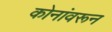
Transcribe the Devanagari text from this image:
कोनांवरून